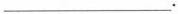
___.